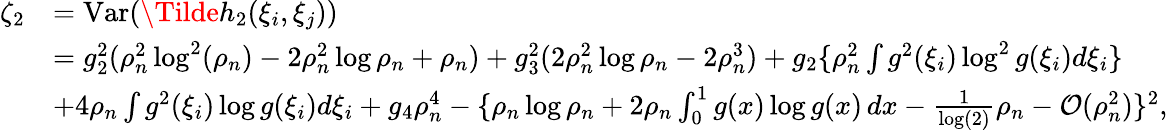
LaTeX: \begin{array}{rl}{\zeta_{2}}&{=\mathrm{Var}(\Tilde{h}_{2}(\xi_{i},\xi_{j}))}\\ &{=g_{2}^{2}(\rho_{n}^{2}\log^{2}(\rho_{n})-2\rho_{n}^{2}\log\rho_{n}+\rho_{n})+g_{3}^{2}(2\rho_{n}^{2}\log\rho_{n}-2\rho_{n}^{3})+g_{2}\{ \rho_{n}^{2}\int g^{2}(\xi_{i})\log^{2}g(\xi_{i})d\xi_{i}\} }\\ &{+4\rho_{n}\int g^{2}(\xi_{i})\log g(\xi_{i})d\xi_{i}+g_{4}\rho_{n}^{4}-\{ \rho_{n}\log\rho_{n}+2\rho_{n}\int_{0}^{1}g(x)\log g(x)\, dx-\frac{1}{\log(2)}\rho_{n}-{\cal O}(\rho_{n}^{2})\} ^{2},}\end{array}